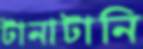
টানাটানি